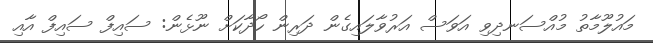
މައުލޫމާތު މުއްސަނދިވި އަވަސް އަރުވާލައިގެން ދަރިން ހޯދާކަށް ނޫޅެން: ސައިފް ސައިފް އާއި